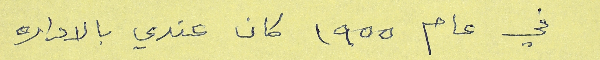
في عام ١٩٥٥ كان عندي بالاداره